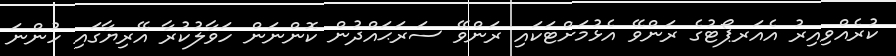
ކުރެއްވިއިރު އެއަރޕޯޓުގެ ރަންވޭ އެޅުމަށްޓަކައި ރަންވޭ ސަރަޙައްދުން ކޮންނަން ހަވާލުކުރާ އޭރިޔާގައި ހުންނަ